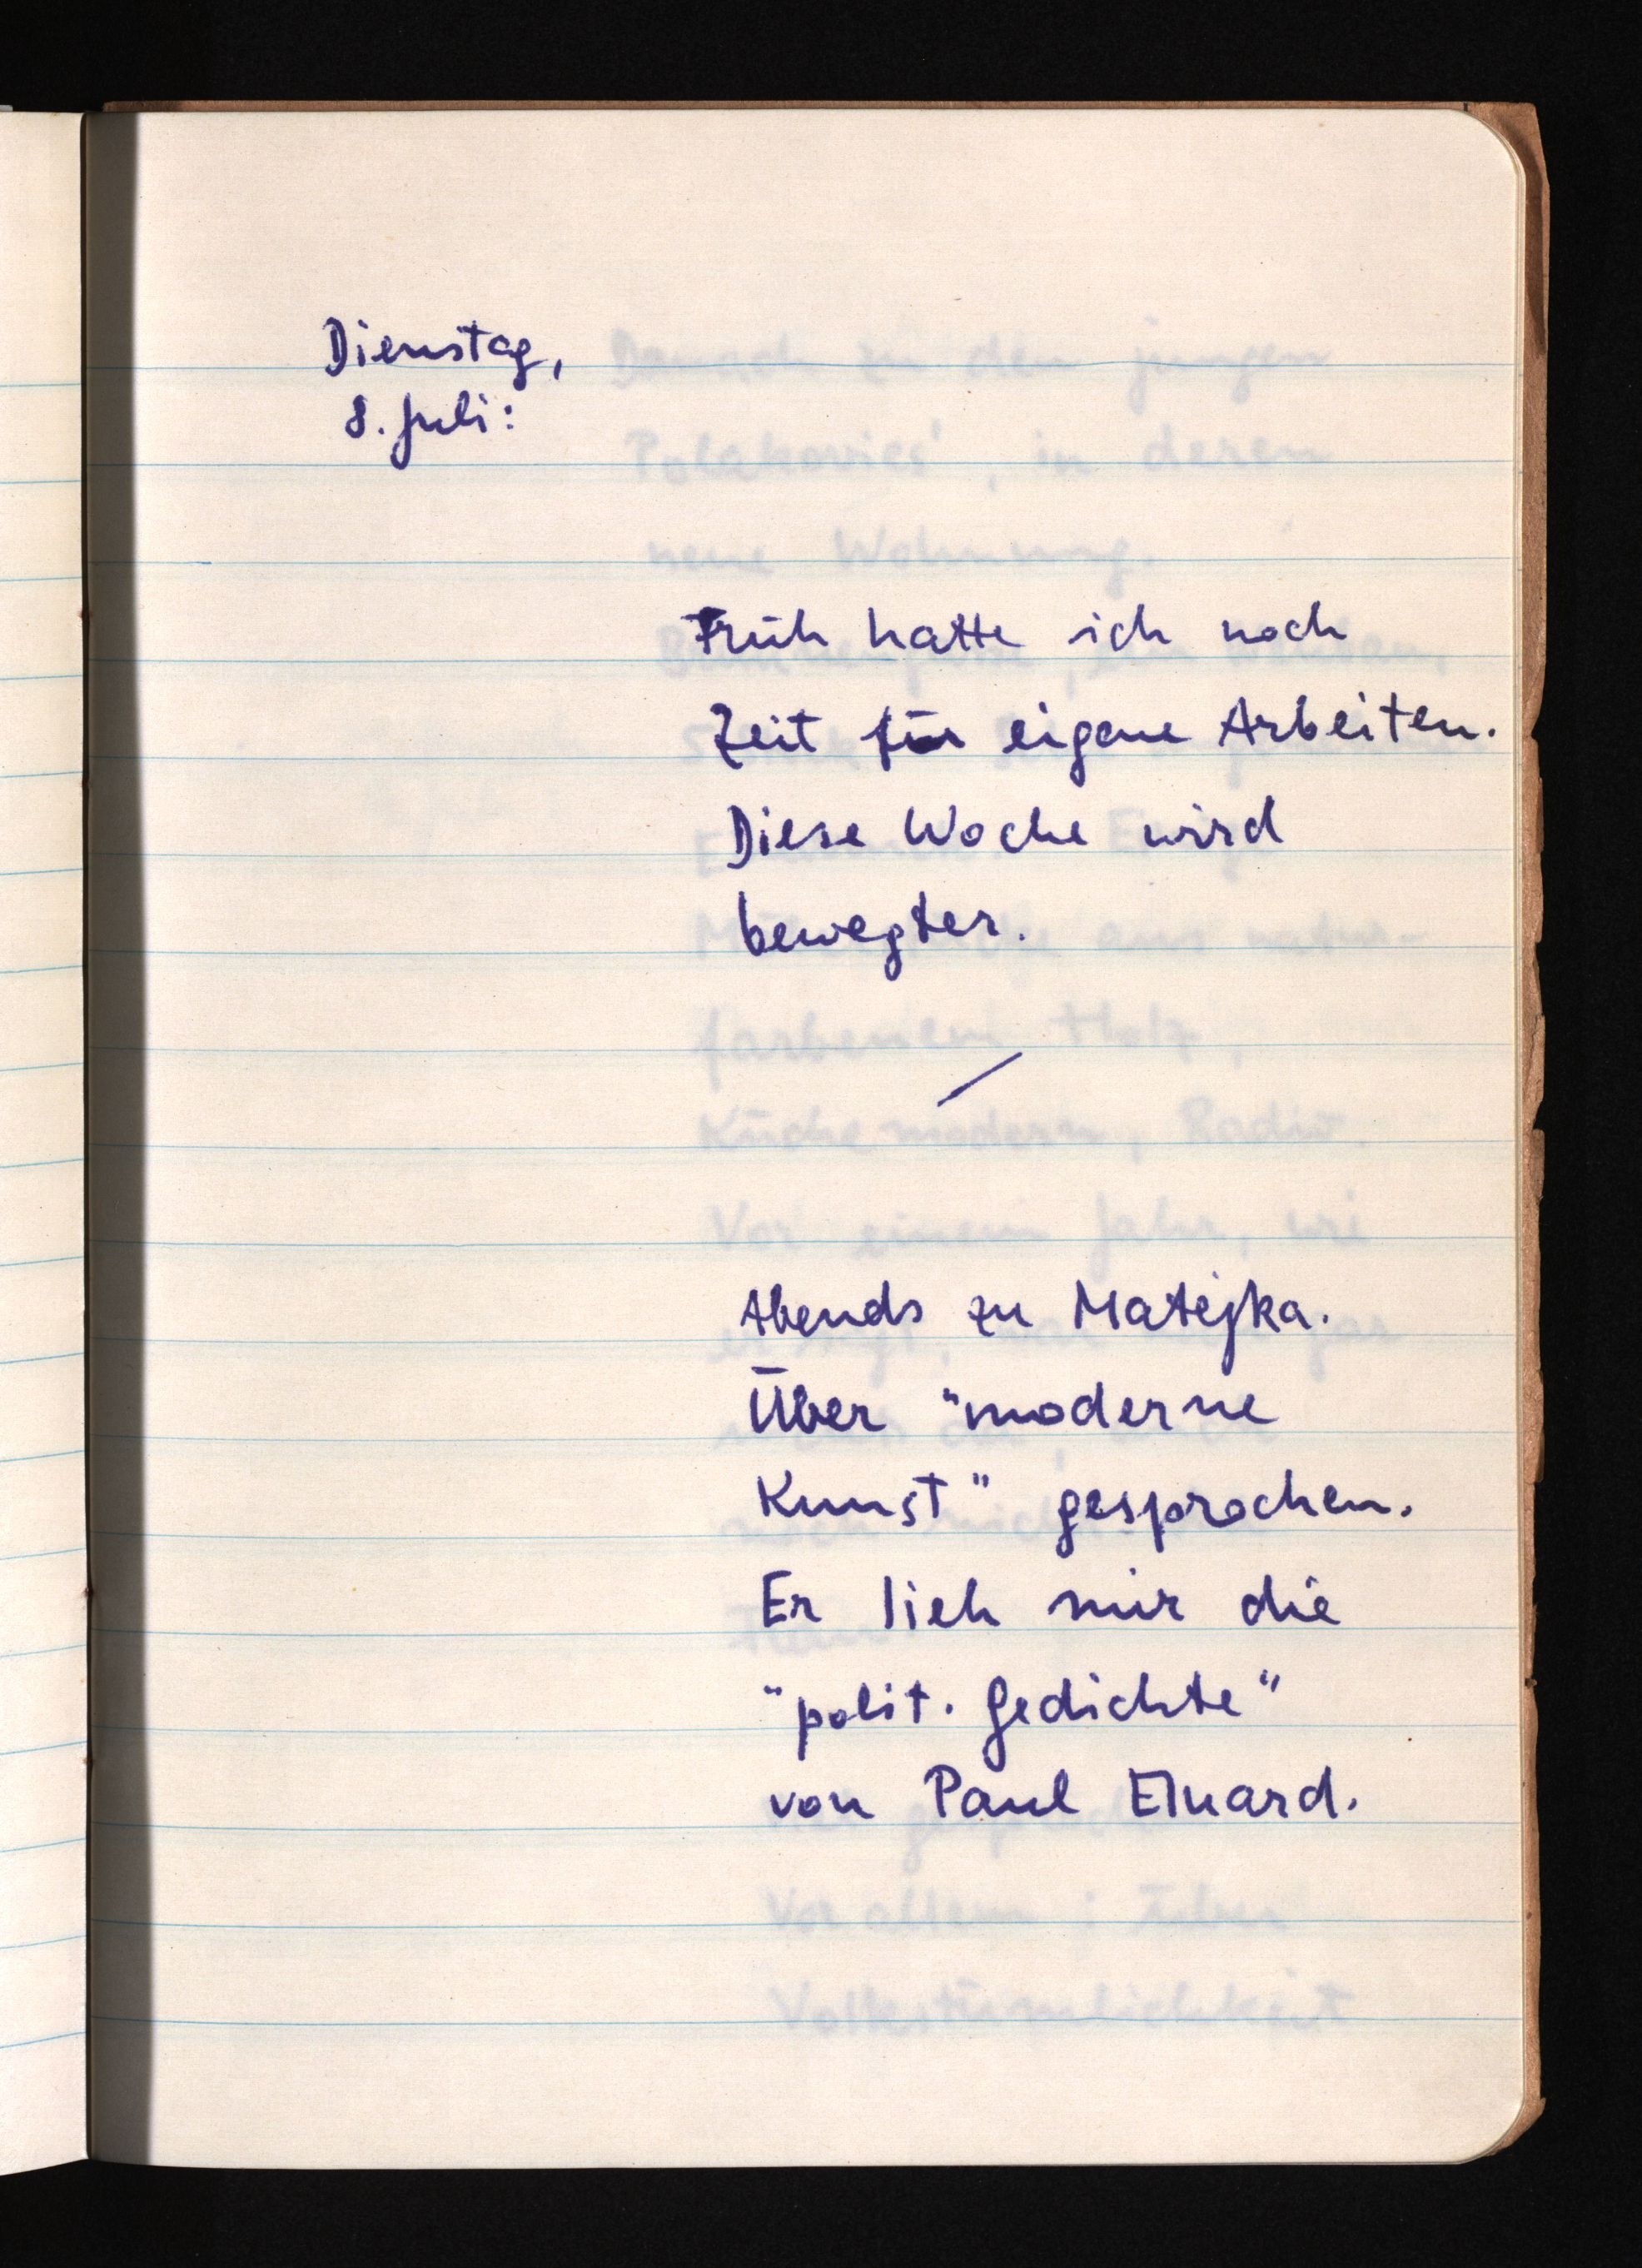
Dienstag,
8. Juli:
Früh hatte ich noch
Zeit für eigene Arbeiten.
Diese Woche wird
bewegter.
Abends zu Matejka.
Über "moderne
Kunst" gesprochen.
Er lieh mir die
"polit. Gedichte"
von Paul Eluard.